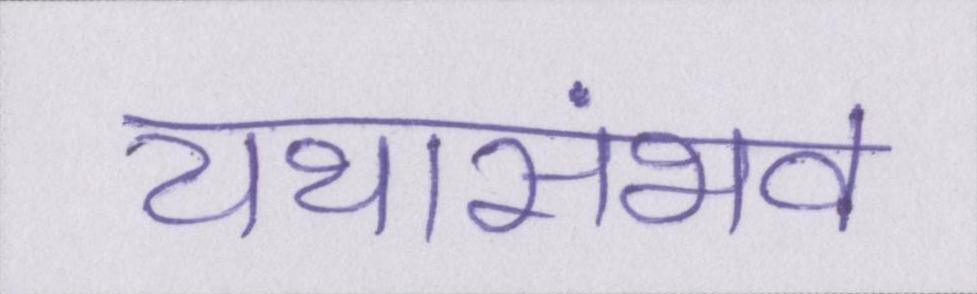
यथासंभव